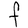
Character: F